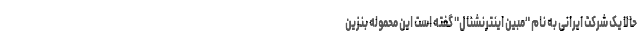
حالا یک شرکت ایرانی به نام "مبین اینترنشنال" گفته است این محموله بنزین